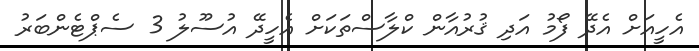
އެހީއަށް އެދޭ ފޯމު އަދި ޤުރުއާން ކްލާސްތަކަށް އެހީދޭ އުސޫލު 3 ސެޕްޓެންބަރު